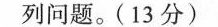
列问题。(13分)